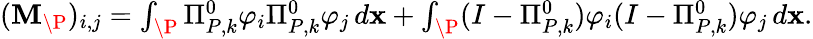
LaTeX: \begin{array}{r}{(\mathbf{M}_{\P})_{i,j}=\int_{\P}\Pi_{{P},k}^{0}\varphi_{i}\Pi_{{P},k}^{0}\varphi_{j}\, d\mathbf{x}+\int_{\P}(I-\Pi_{{P},k}^{0})\varphi_{i}(I-\Pi_{{P},k}^{0})\varphi_{j}\, d\mathbf{x}.}\end{array}